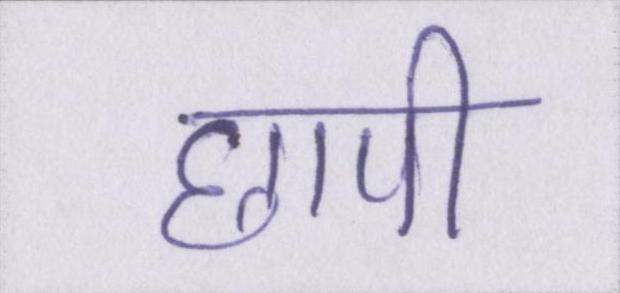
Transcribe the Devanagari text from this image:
छापी